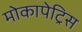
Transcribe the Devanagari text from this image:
मोकापेट्रिस